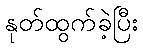
နုတ်ထွက်ခဲ့ပြီး